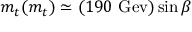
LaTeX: m _ { t } ( m _ { t } ) \simeq ( 1 9 0 \ \mathrm { G e v } ) \sin \beta